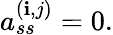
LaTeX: a_{ss}^{(\mathbf{i},j)}=0.